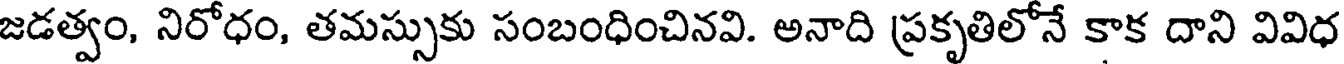
జడత్వం, నిరోధం, తమస్సుకు సంబంధించినవి. అనాది ప్రకృతిలోనే కాక దాని వివిధ